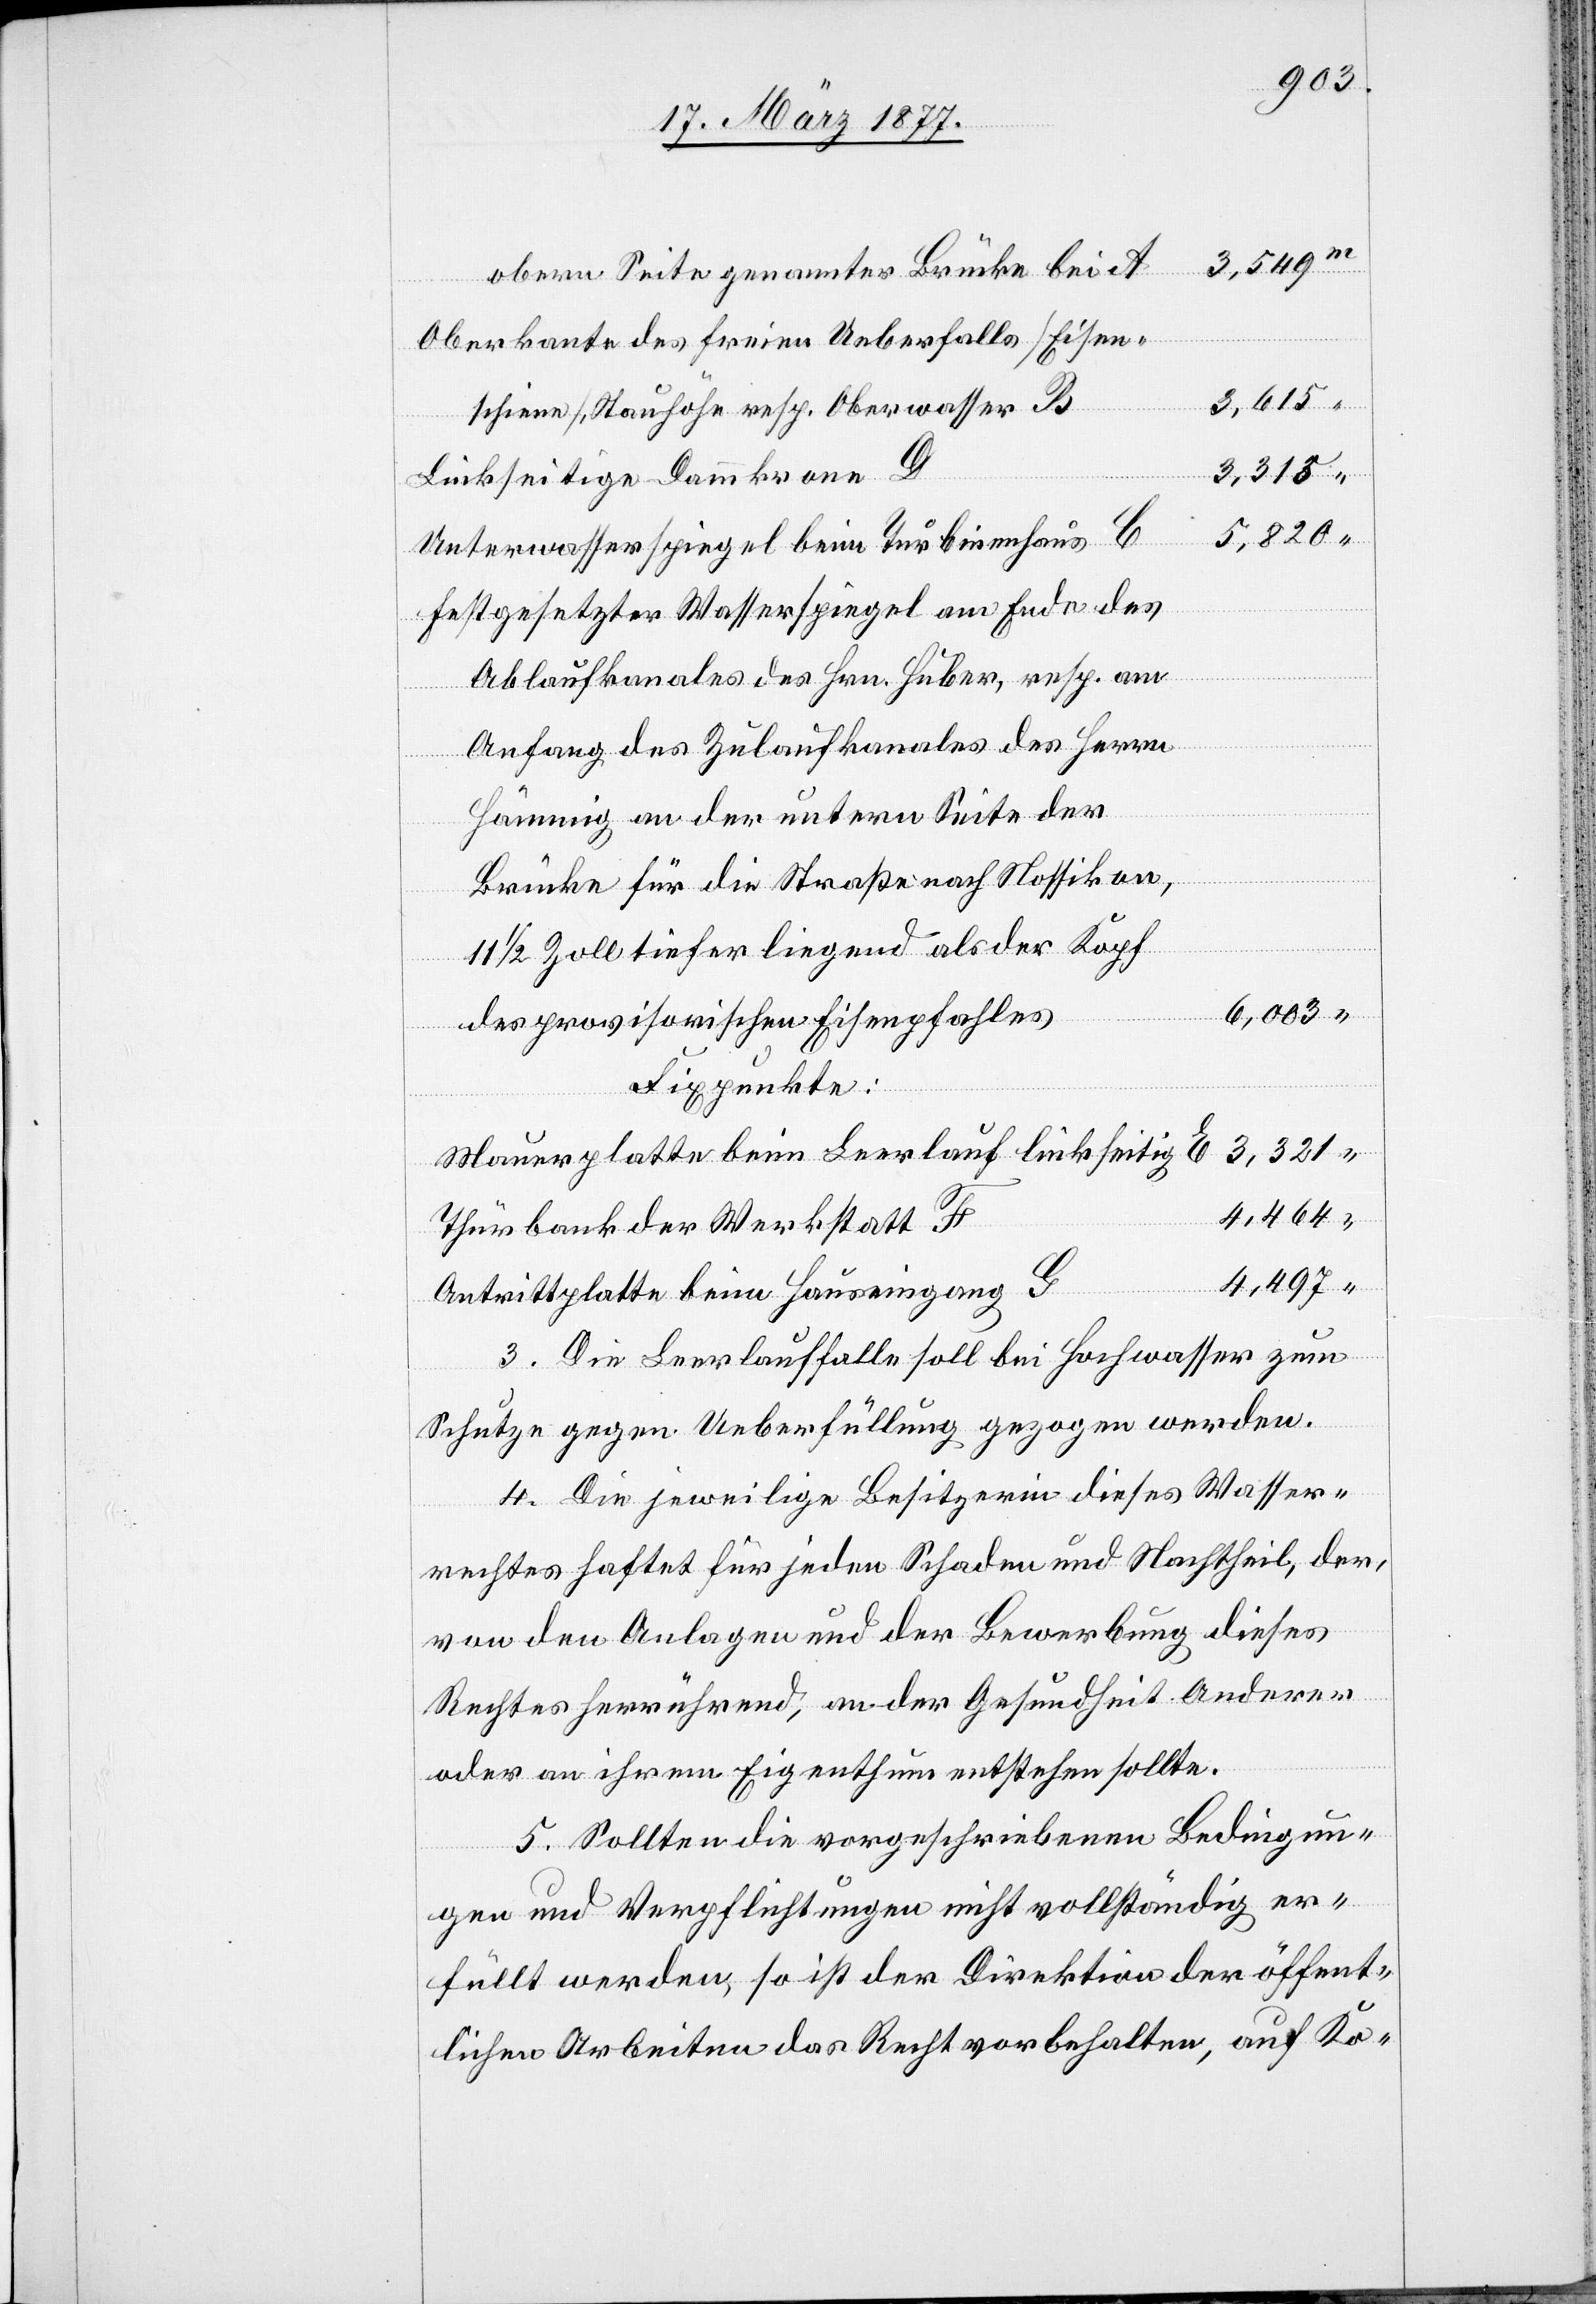
genannter Brücke
Oberkante des freien Ueberfalls [Eisen¬
3,313
schiene], Stauhöhe resp. Oberwasser B
Linkseitige Dammkrone D
obern Seite
Unterwasserspiegel beim Turbinenhaus C
Festgesetzter Wasserspiegel am Ende des
Ablaufkanales des Hrn. Huber, resp. am
Anfang des Zulaufkanales des Herrn
Hämmig an der untern Seite der
Brücke für die Straße nach Nossikon,
1/2 Zoll tiefer liegend als der Kopf
6,003
3,321
des provisorischen Eisenpfahles
Fixpunkte:
Mauerplatte beim Leerlauf linkseitig E
4,464
Thürbank der Werkstatt F
4,497
Antrittplatte beim Hauseingang G
3. Die Leerlauffalle soll bei Hochwasser zum
Schutze gegen Ueberfüllung gezogen werden.
4. Die jeweilige Besitzerin dieses Wasser¬
rechtes haftet für jeden Schaden und Nachtheil, der,
von den Anlagen und der Bewerbung dieses
Rechtes herrührend, an der Gesundheit Anderer
oder an ihrem Eigenthum entstehen sollte.
5. Sollten die vorgeschriebenen Bedingun¬
gen und Verpflichtungen nicht vollständig er¬
füllt werden, so ist der Direktion der öffent¬
lichen Arbeiten das Recht vorbehalten, auf Ko-